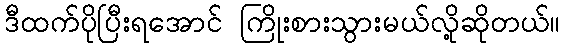
ဒီထက်ပိုပြီးရအောင် ကြိုးစားသွားမယ်လို့ဆိုတယ်။